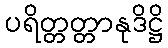
ပရိတ္တတ္တာနုဒိဋ္ဌိ